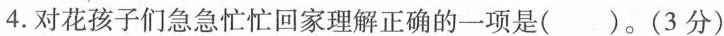
4.对花孩子们急急忙忙回家理解正确的一项是()。(3分)